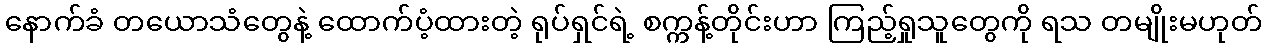
နောက်ခံ တယောသံတွေနဲ့ ထောက်ပံ့ထားတဲ့ ရုပ်ရှင်ရဲ့ စက္ကန့်တိုင်းဟာ ကြည့်ရှုသူတွေကို ရသ တမျိုးမဟုတ်